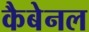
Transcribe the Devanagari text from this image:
कैबेनल